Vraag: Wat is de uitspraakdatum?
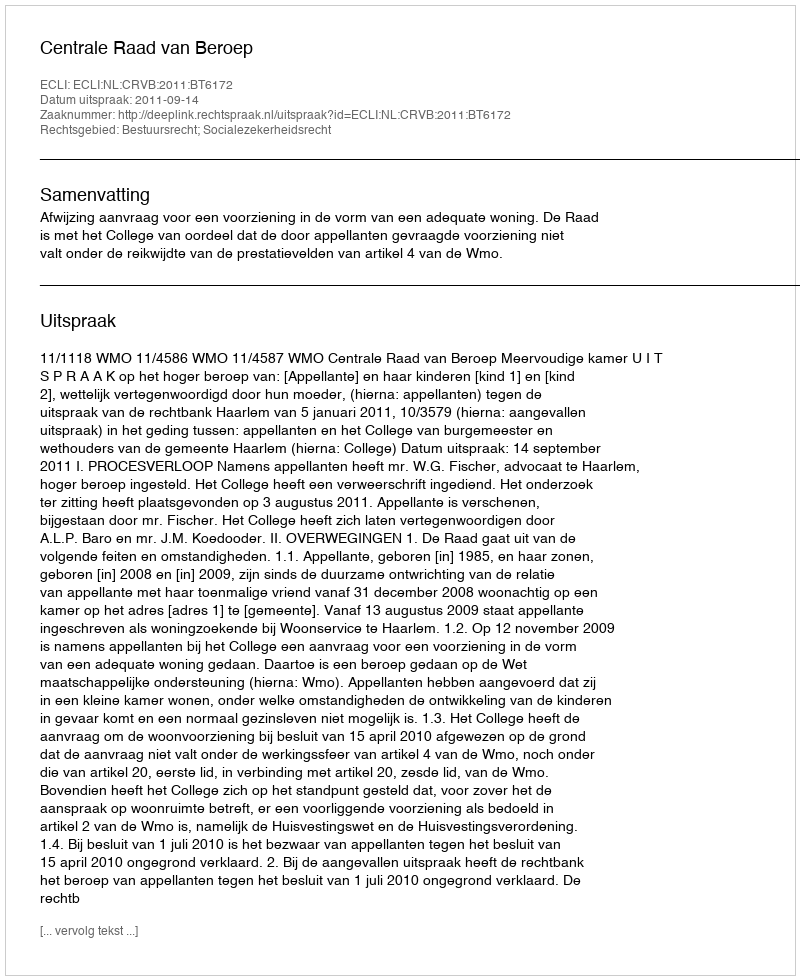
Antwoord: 2011-09-14